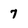
Character: 7